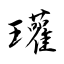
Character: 瓘